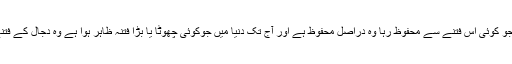
پہلے لوگوں میں سے جو کوئی اس فتنے سے محفوظ رہا وہ دراصل محفوظ ہے اور آج تک دنیا میں جوکوئی چھوٹا یا بڑا فتنہ ظاہر ہوا ہے وہ دجال کے فتنے کی وجہ سے ہے‘‘۔